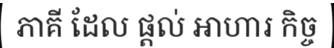
ភាគី ដែល ផ្តល់ អាហារ កិច្ច